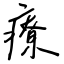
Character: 療